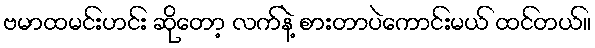
ဗမာထမင်းဟင်း ဆိုတော့ လက်နဲ့ စားတာပဲကောင်းမယ် ထင်တယ်။